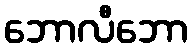
ဘောလီဘော